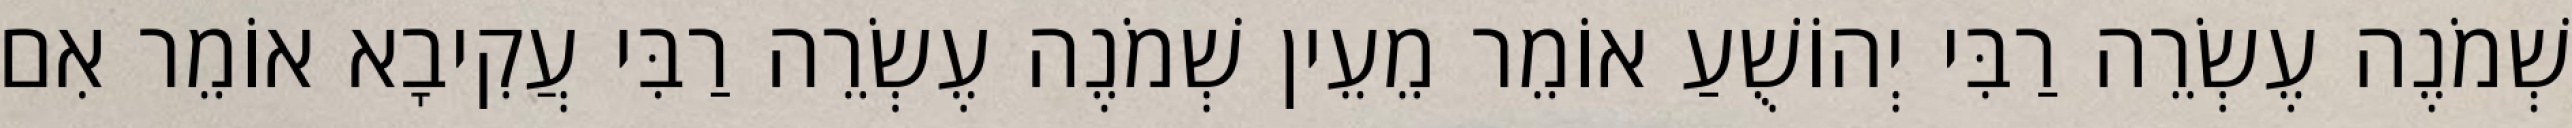
שְׁמֹנֶה עֶשְׂרֵה רַבִּי יְהוֹשֻׁעַ אוֹמֵר מֵעֵין שְׁמֹנֶה עֶשְׂרֵה רַבִּי עֲקִיבָא אוֹמֵר אִם